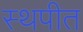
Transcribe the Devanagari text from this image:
स्थपीत